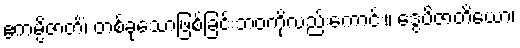
ဧကမ္ပိဇာတိံ၊ တစ်ခုသောဖြစ်ခြင်းဘဝကိုလည်းကောင်း။ ဒွေပိဇာတိယော၊